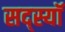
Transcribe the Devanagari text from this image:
सद्स्यॉ